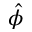
\hat { \phi }